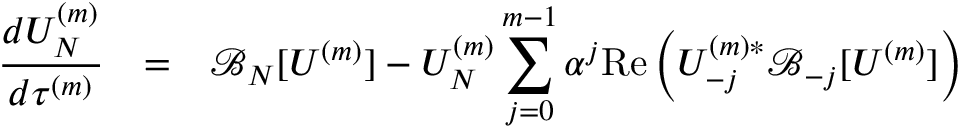
\begin{array} { r c l } { \displaystyle \frac { d U _ { N } ^ { ( m ) } } { d \tau ^ { ( m ) } } } & { = } & { \displaystyle \mathcal { B } _ { N } [ U ^ { ( m ) } ] - U _ { N } ^ { ( m ) } \sum _ { j = 0 } ^ { m - 1 } \alpha ^ { j } \mathrm { R e } \left( U _ { - j } ^ { ( m ) * } \mathcal { B } _ { - j } [ U ^ { ( m ) } ] \right) } \end{array}